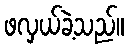
ဖလှယ်ခဲ့သည်။